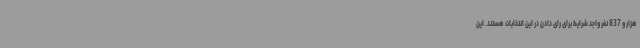
هزار و 837 نفر واجد شرایط برای رای دادن در این انتخابات هستند. این